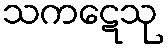
သကဋေသု